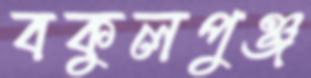
বকুলপুঞ্জ